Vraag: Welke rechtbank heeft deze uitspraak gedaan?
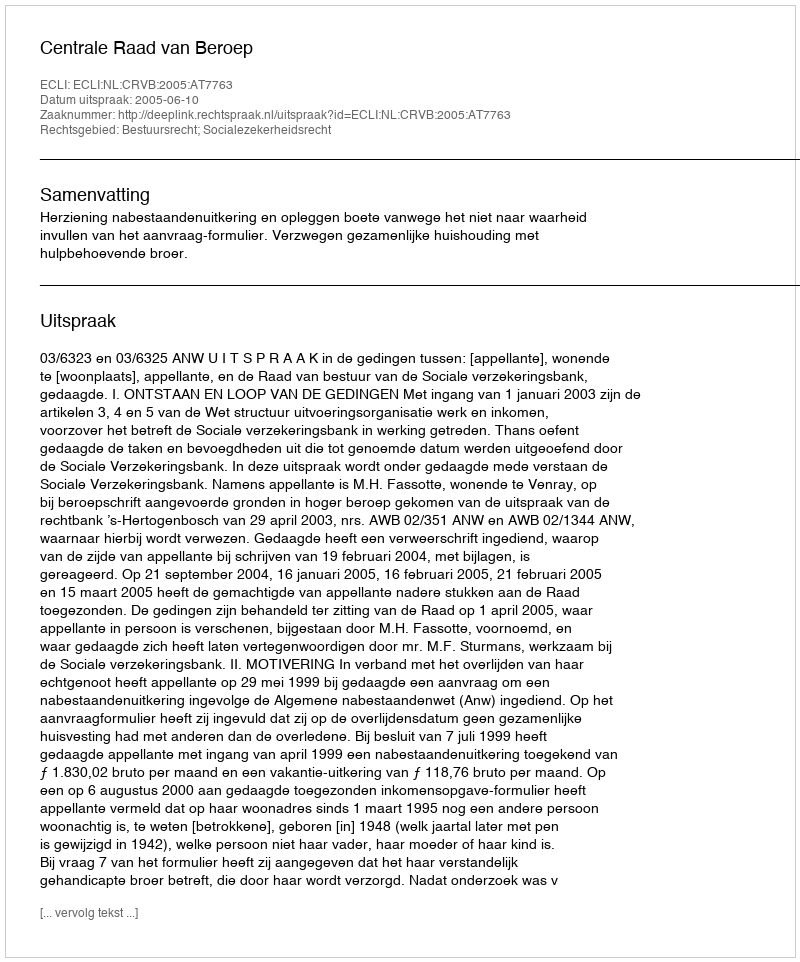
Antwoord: Centrale Raad van Beroep